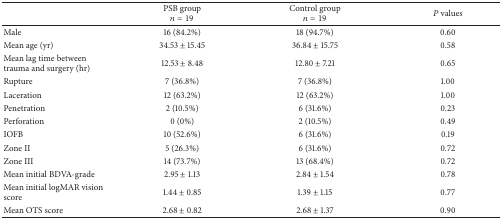
|  | PSB group n = 19 | Control group n = 19 | P values |
 | --- | --- | --- | --- |
 | Male | 16 (84.2%) | 18 (94.7%) | 0.60 |
 | Mean age (yr) | 34.53 ± 15.45 | 36.84 ± 15.75 | 0.58 |
 | Mean lag time between trauma and surgery (hr) | 12.53 ± 8.48 | 12.80 ± 7.21 | 0.65 |
 | Rupture | 7 (36.8%) | 7 (36.8%) | 1.00 |
 | Laceration | 12 (63.2%) | 12 (63.2%) | 1.00 |
 | Penetration | 2 (10.5%) | 6 (31.6%) | 0.23 |
 | Perforation | 0 (0%) | 2 (10.5%) | 0.49 |
 | IOFB | 10 (52.6%) | 6 (31.6%) | 0.19 |
 | Zone II | 5 (26.3%) | 6 (31.6%) | 0.72 |
 | Zone III | 14 (73.7%) | 13 (68.4%) | 0.72 |
 | Mean initial BDVA-grade | 2.95 ± 1.13 | 2.84 ± 1.54 | 0.78 |
 | Mean initial logMAR vision score | 1.44 ± 0.85 | 1.39 ± 1.15 | 0.77 |
 | Mean OTS score | 2.68 ± 0.82 | 2.68 ± 1.37 | 0.90 |